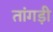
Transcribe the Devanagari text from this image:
तांगड़ी